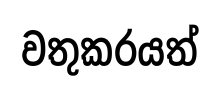
වතුකරයත්